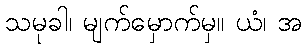
သမုခါ၊ မျက်မှောက်မှ။ ယံ၊ အ